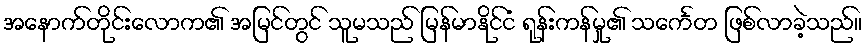
အနောက်တိုင်းလောက၏ အမြင်တွင် သူမသည် မြန်မာနိုင်ငံ ရုန်းကန်မှု၏ သင်္ကေတ ဖြစ်လာခဲ့သည်။